Annual report of the Imperial Bacteriological Laboratory, Muktesar
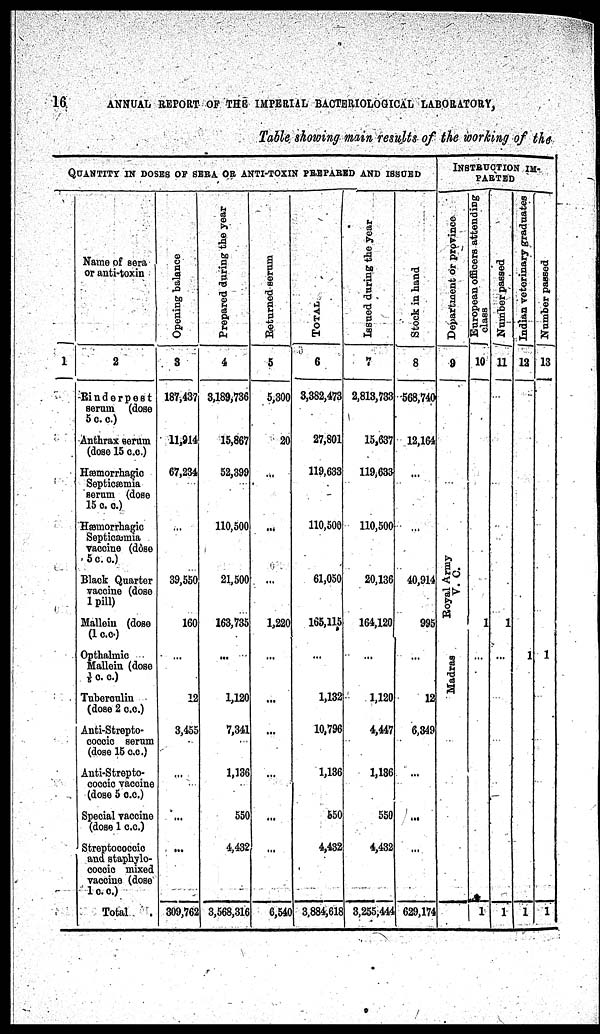
16
ANNUAL REPORT OF THE IMPERIAL BACTERIOLOGICAL LABORATORY,
Table showing main results of the working of the
QUANTITY IN DOSES OF SERA OR ANTI-TOXIN PREPARED AND ISSUED
1
Name of sera
or anti-toxin
2
Rinderpest
serum (dose
5 c. c.)
Anthrax serum
(dose 15 c.c.)
Hæmorrhagic
Septicæmia
serum (dose
15 c. c.)
Hæmorrhagic
Septicæmia
vaccine (dose
5 c. c.)
Black Quarter
vaccine (dose
1 pill)
Mallein (dose
(1 c.c.)
Opthalmic
Mallein (dose
1/5 c. c.)
Tuberculin
(dose 2 c.c)
Anti-Srepto-
coccic serum
(dose 15 c.c.)
Anti-Strepto-
coccic vaccine
(dose 5 c.c.)
Special vaccine
(dose 1 c.c.)
Streptococcic
and staphylo-
coccic mixed
vaccine (dose
1 c.c.)
Total .
Opening balance
3
187,437
11,914
67,234
...
39,550
160
...
12
3,455
...
...
...
309,762
Prepared during the year
4
3,189,736
15,867
52,399
110,500
21,500
163,735
...
1,120
7,341
1,136
550
4,432
3,568,316
Returned serum
5
5,300
20
...
...
...
1,220
...
...
...
...
...
...
6,540
TOTAL
6
3,382,473
27,801
119,633
110,500
61,050
165,115
...
1,132
10,796
1,136
550
4,432
3,884,618
Issued during the year
7
2,813,733
15,637
119,633
110,500
20,136
164,120
...
1,120
4,447
1,136
550
4,432
3,255,444
Stock in hand
8
568,740
12,164
...
...
40,914
995
...
12
6,349
...
...
...
629,174
INSTRUCTION IM¬
PARTED
Department or province
9
...
Royal Army
V. C.
Madras
European officers attending
class
10
1
...
1
Number passed
11
1
...
1
Indian veterinary graduates
12
1
1
Number passed
13
1
1